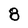
Character: 8